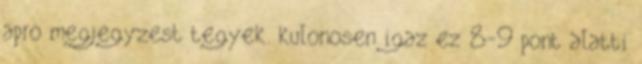
apro megjegyzest tegyek. kulonosen igaz ez 8-9 pont alatti